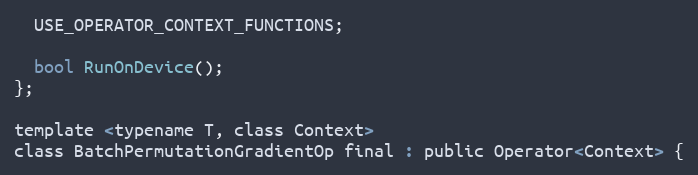
Language: C
  USE_OPERATOR_CONTEXT_FUNCTIONS;

  bool RunOnDevice();
};

template <typename T, class Context>
class BatchPermutationGradientOp final : public Operator<Context> {